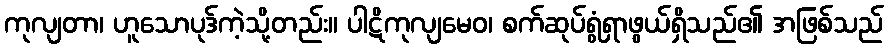
ကုလျတာ၊ ဟူသောပုဒ်ကဲ့သို့တည်း။ ပါဋိကုလျမေဝ၊ စက်ဆုပ်ရွံရှာဖွယ်ရှိသည်၏ အဖြစ်သည်